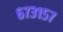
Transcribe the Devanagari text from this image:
६७३१५७